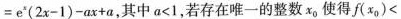
= e ^ { x } ( 2 x -1 ) - a x + a$$，其中$$a < 1$$，若存在唯一的整数x_{0}使得$$f ( x _ { 0 } ) <